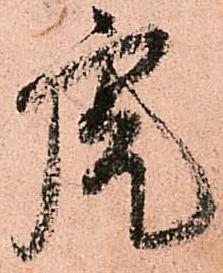
虎